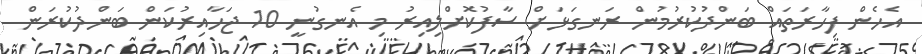
އެހެން ފިހާރަތައް ބަންދުކުރުމުން ރަނގަޅަށް ސާފުކޮށްލިއިރު މި އެނގުނީ 10 ޖަހާއިރުކަން ބަންދުކުރަން